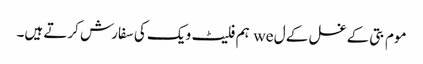
موم بتی کے غسل کے ل we ہم فلیٹ ویک کی سفارش کرتے ہیں۔